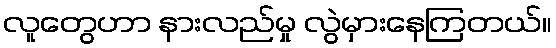
လူတွေဟာ နားလည်မှု လွဲမှားနေကြတယ်။